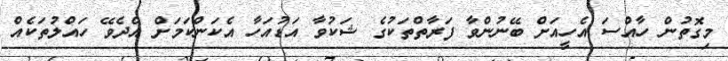
މިގޮތުން ހާއްސަ އެހީއަށް ބޭނުންވާ ފަރާތްތަކުގެ ޝަކުވާ އަޑުއަހާ އެކަންކަމަށް އެދެވޭ ހައްލުތަކެއް